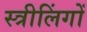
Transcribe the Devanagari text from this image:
स्त्रीलिंगों